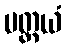
ပတ္ထယံ